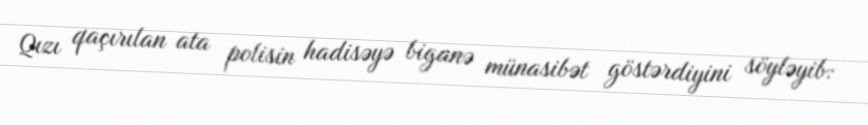
Qızı qaçırılan ata polisin hadisəyə biganə münasibət göstərdiyini söyləyib: